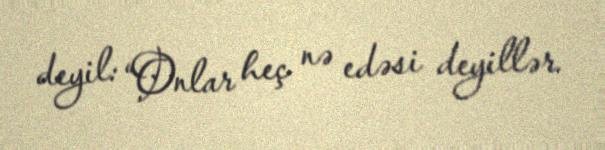
deyil: “Onlar heç nə edəsi deyillər.